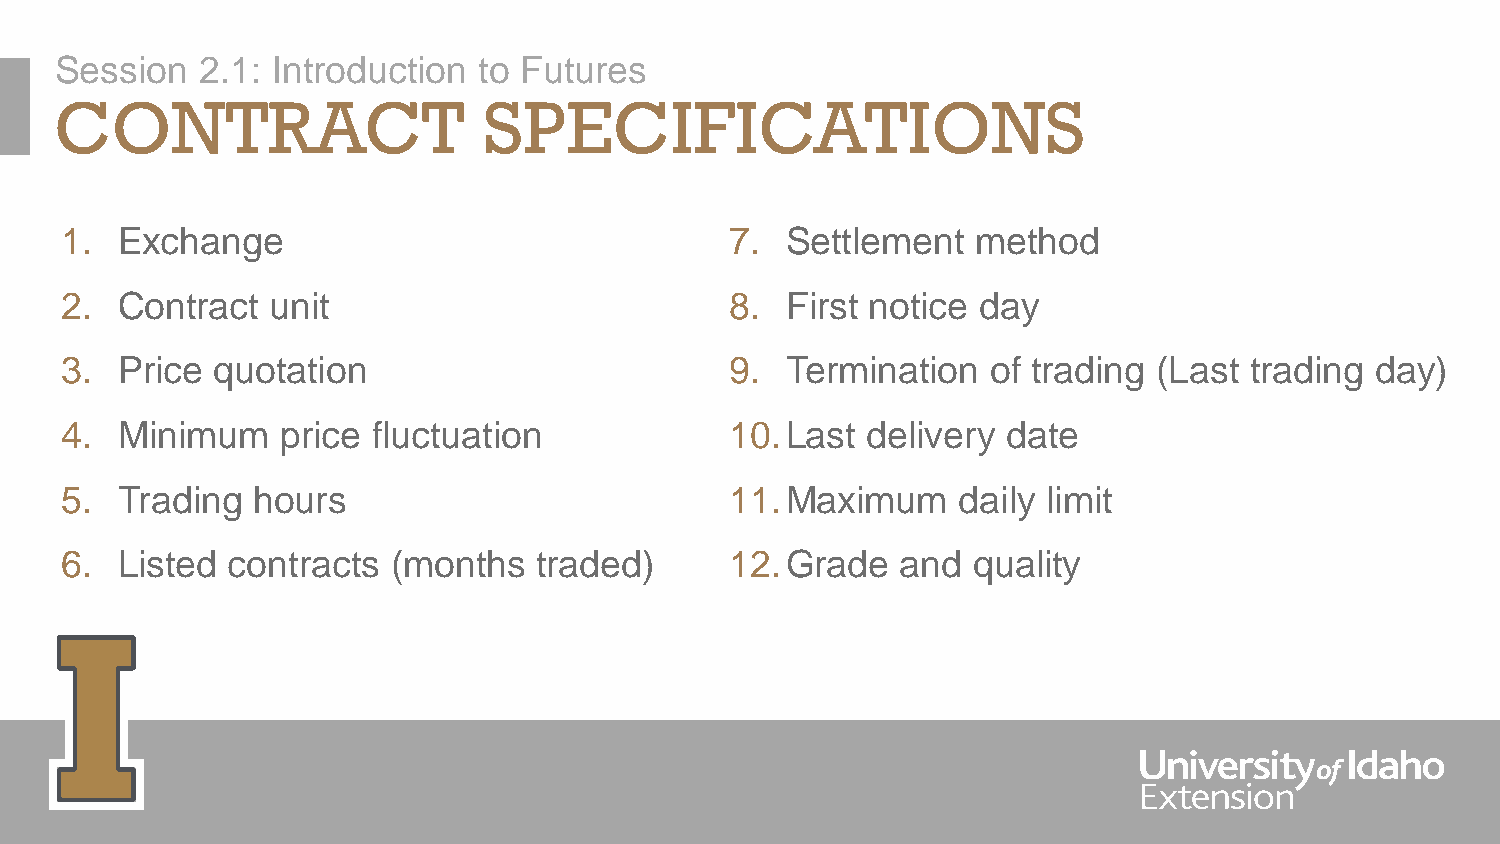
Session  2.1: Introduction  to Futures
 CONTRACT                    SPECIFICATIONS
 1.  Exchange                                7.  Settlement   method
 2.  Contract  unit                          8.  First notice day
 3.  Price quotation                         9.  Termination   of trading (Last trading day)
 4.  Minimum    price fluctuation            10.Last  delivery  date
 5.  Trading  hours                          11.Maximum     daily limit
 6.  Listed contracts  (months   traded)     12.Grade    and quality